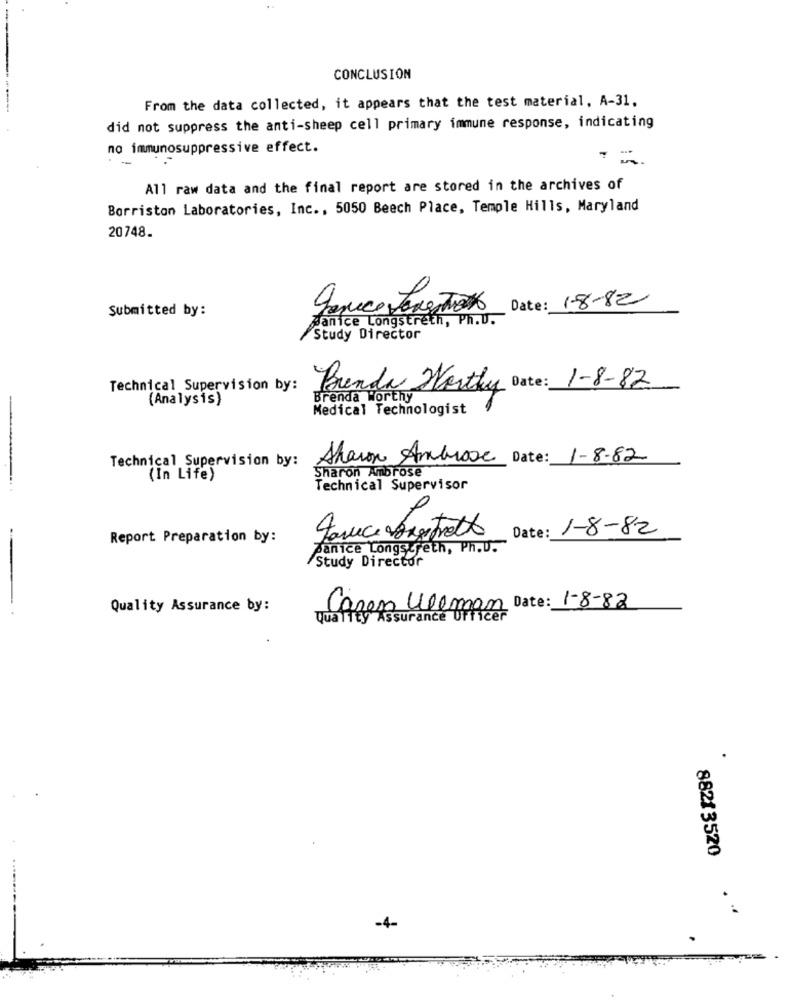
CONCLUSION
From the data collected, it appears that the test material, A-31,
did not suppress the anti-sheep cell primary immune response, indicating
no immunosuppressive effect.
-
All raw data and the final report are stored in the archives of
Borriston Laboratories, Inc ., 5050 Beech Place, Temple Hills, Maryland
20748.
Date: 18-82
Submitted by:
Genico Jongetwas
Banice Longstreth, Ph.U.
Study Director
Technical Supervision by:
Brenda Worthy Date: 1-8-82
(Analysis)
Brenda Worthy
Medical Technologist
Technical Supervision by:
Sharon Ambrose Date: 1-8-82
Sharon Ambrose
(In Life)
Technical Supervisor
Date: 1-8-82
Report Preparation by:
panice Longs feth, Ph.D.
Study Director
Quality Assurance by:
Caren Ullman Date: 1-8-82
Quality Assurance Officer
88213520
:
-4-